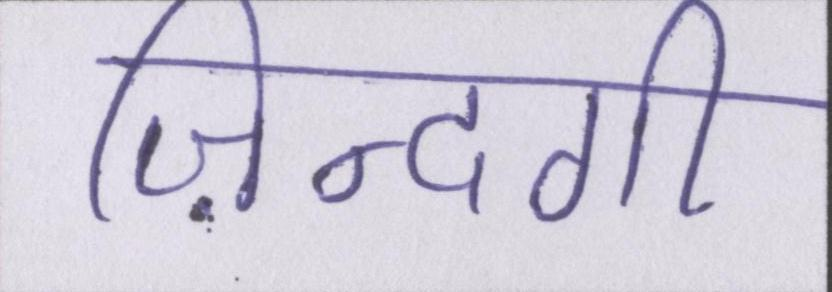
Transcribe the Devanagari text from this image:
ज़िन्दगी